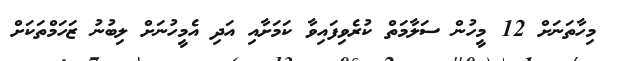
މިހާތަނަށް 12 މީހުން ސަލާމަތް ކުރެވިފައިވާ ކަމަށާއި އަދި އެމީހުނަށް ލިބުނު ޒަހަމްތަކަށް